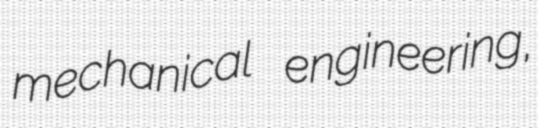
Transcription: mechanical engineering,